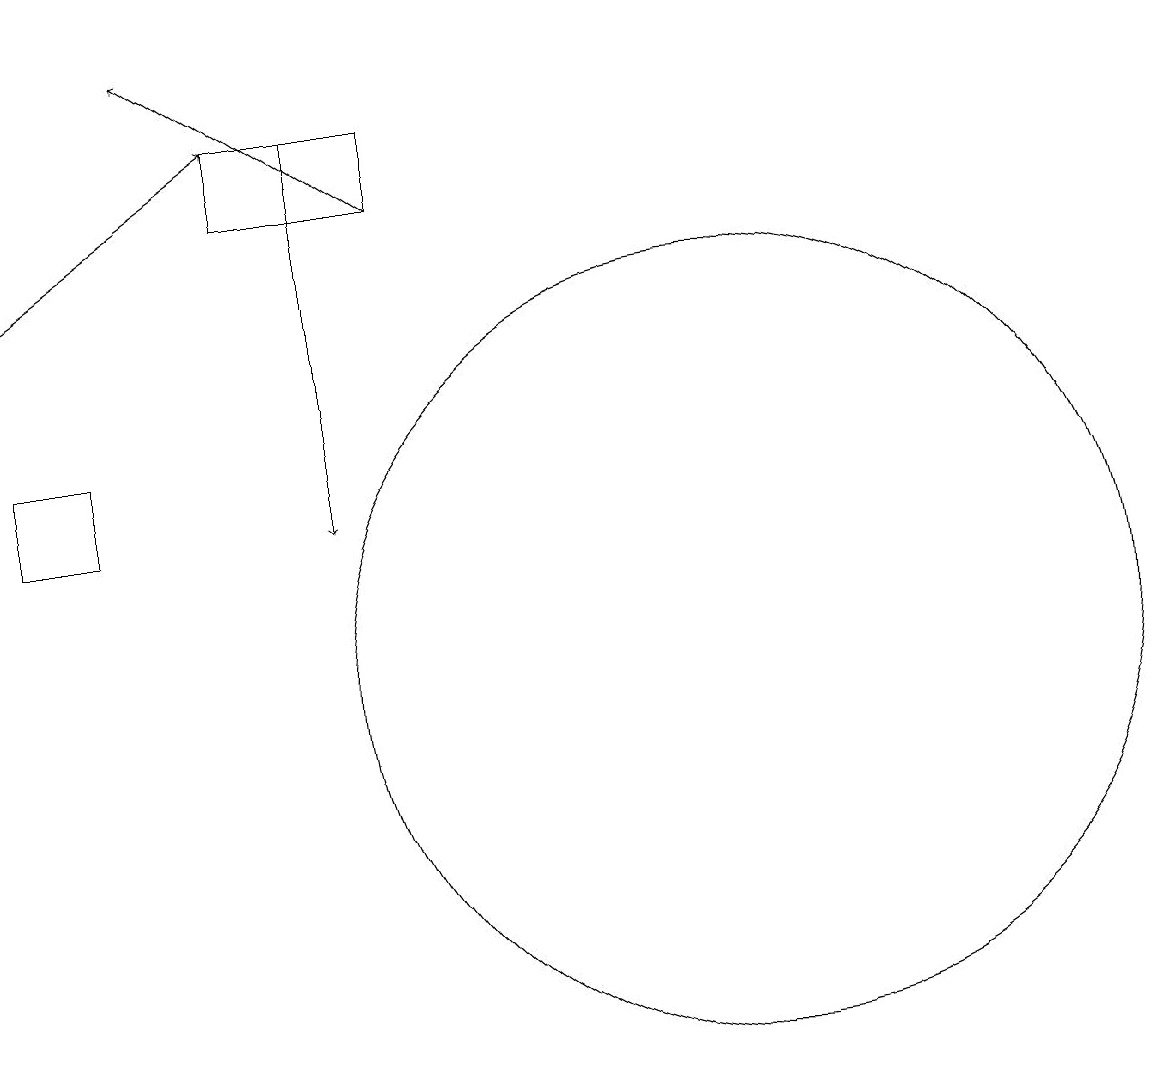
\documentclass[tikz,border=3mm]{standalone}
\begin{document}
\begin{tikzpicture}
\draw[->] (6,18) -- (6,13);
\draw (11,11) circle (5);
\draw (3,13) rectangle (2,14);
\draw (5,17) rectangle (7,18);
\draw[->] (2,16) -- (5,18);
\draw[->] (7,17) -- (4,19);
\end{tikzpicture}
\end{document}